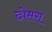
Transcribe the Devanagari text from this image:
ढोमरा